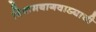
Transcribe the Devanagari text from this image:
विश्रामबागवाड्याची